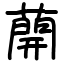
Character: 𦼠